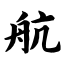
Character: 航